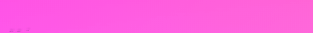
مسجد السلام   مكان للعباد